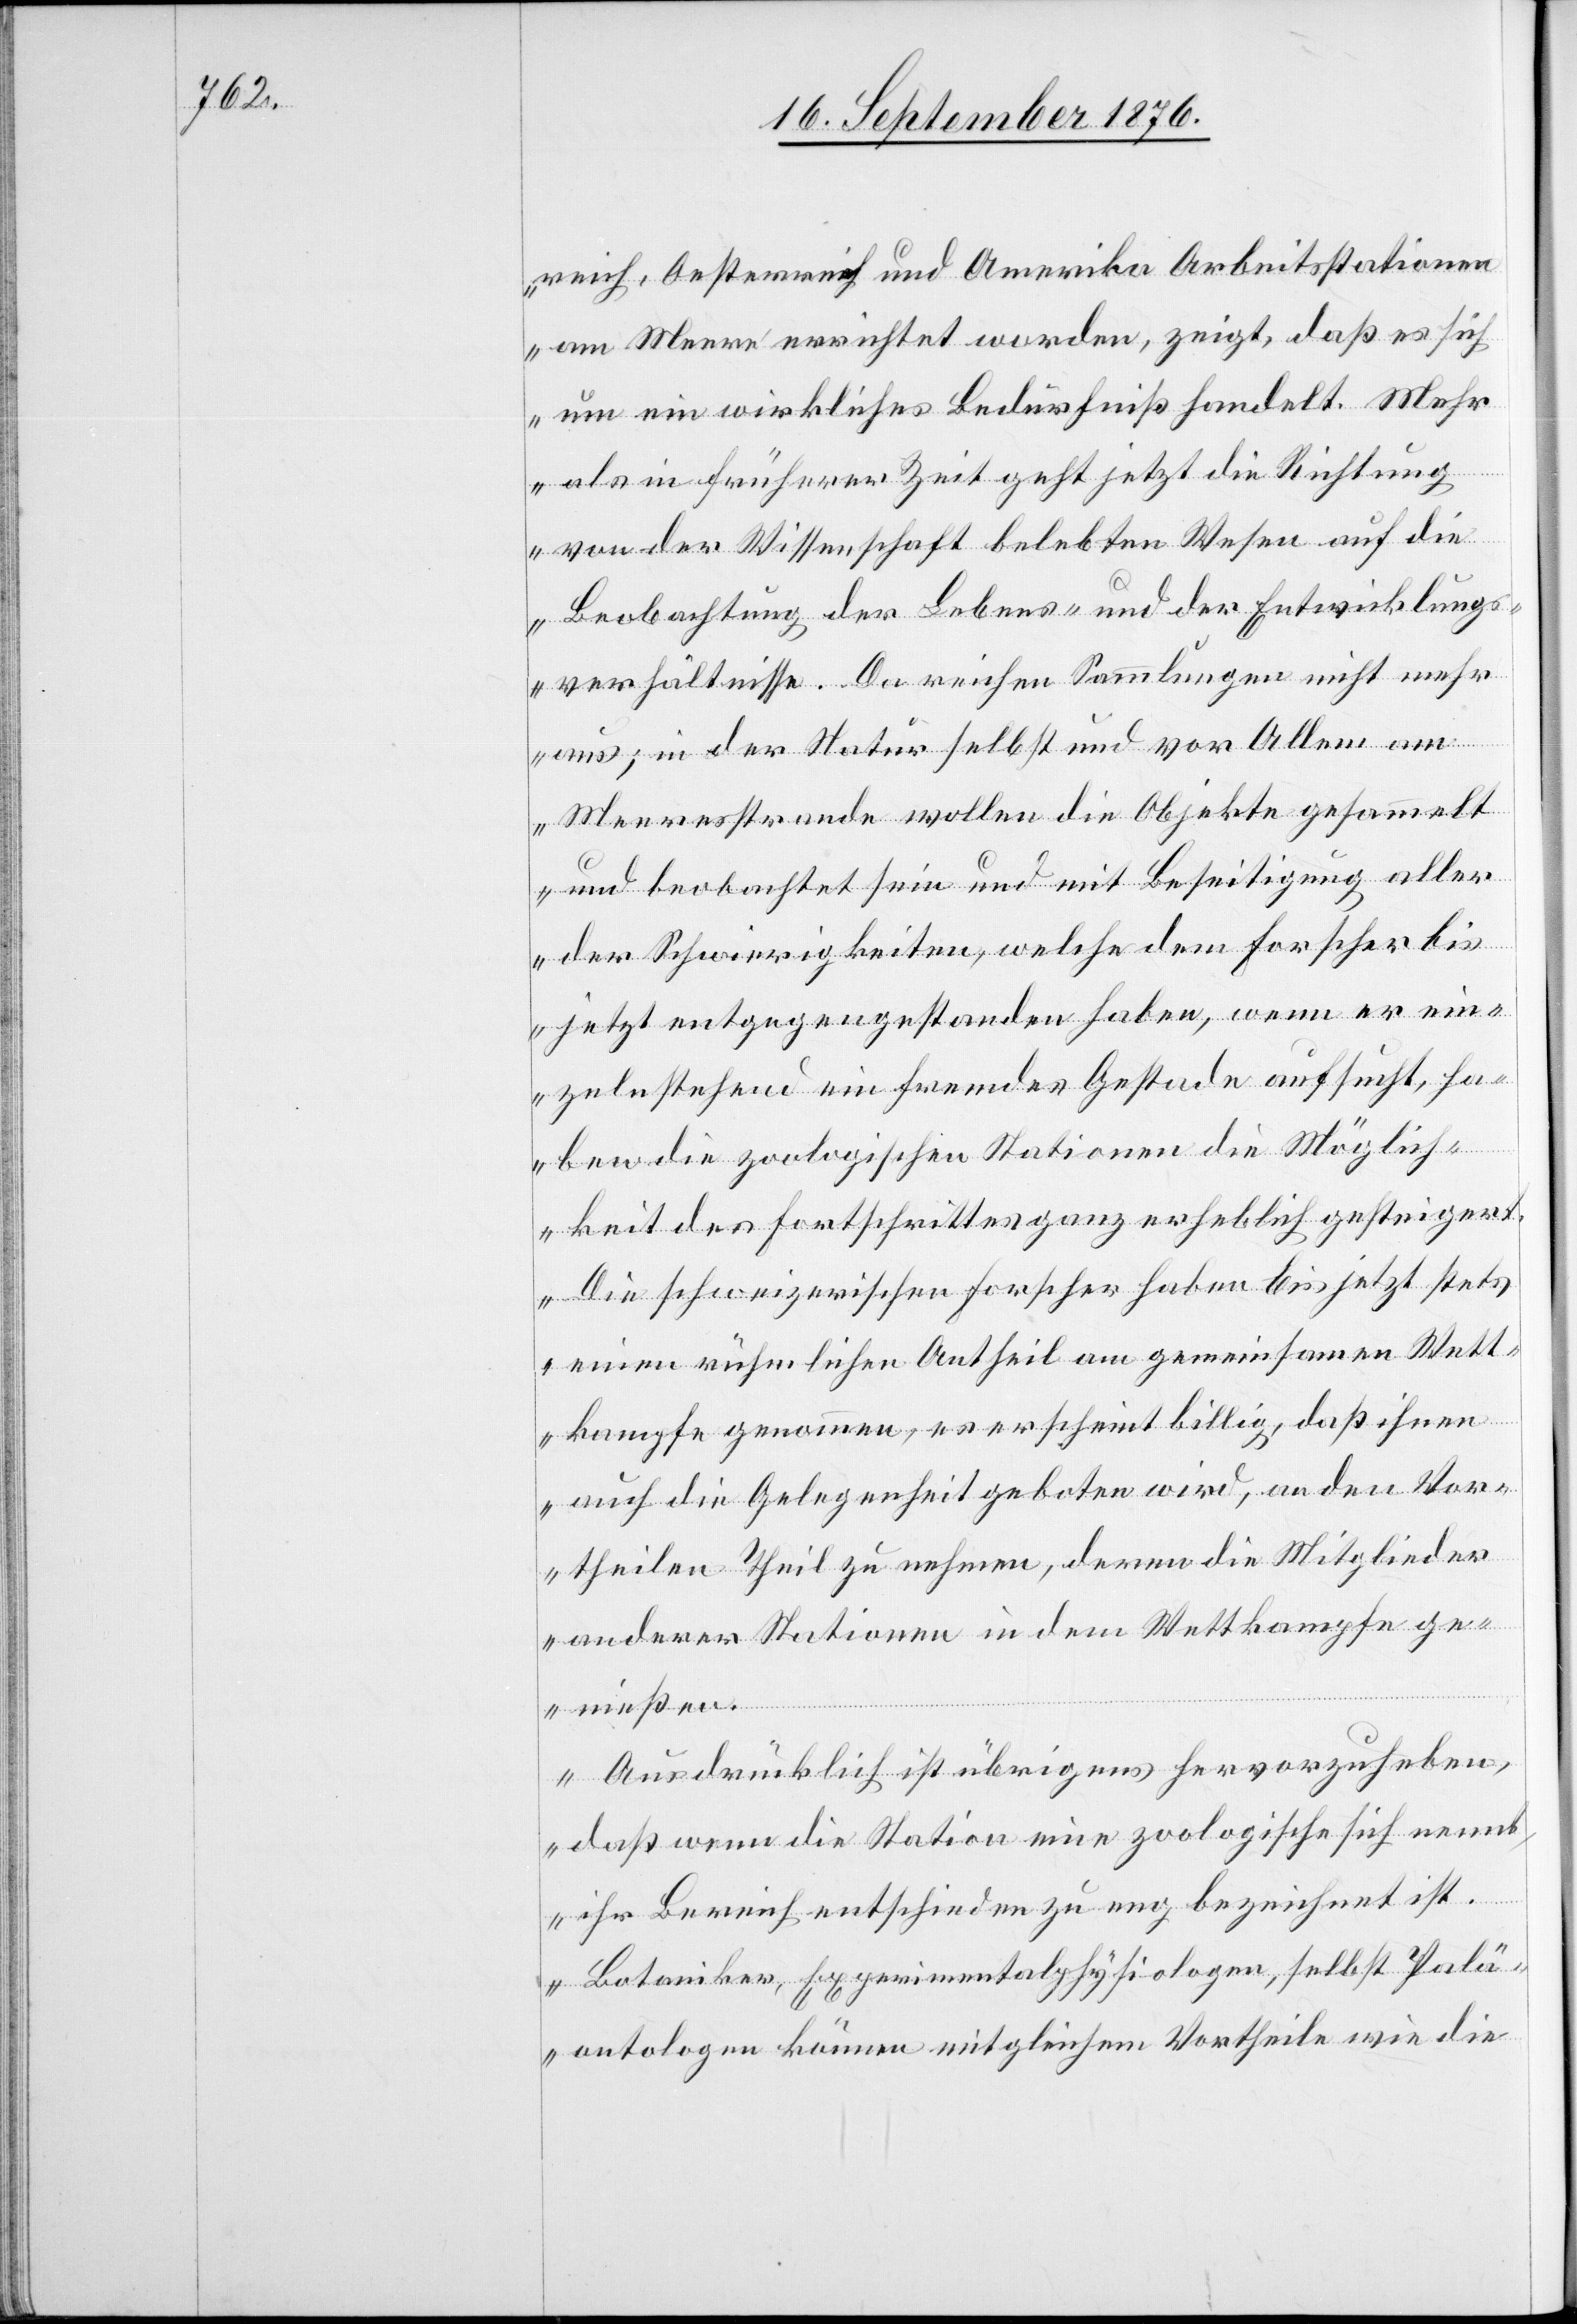
reich, Oesterreich und Amerika Arbeitsstationen
am Meere eingerichtet werden, zeigt, daß es sich
um ein wirkliches Bedürfniß handelt. Mehr
als in früherer Zeit geht jetzt die Richtung
von der Wissenschaft belebten Wesen auf die
Beobachtung der Lebens- und der Entwicklungs¬
verhältnisse. Da reichen Sammlungen nicht mehr
aus; in der Natur selbst und vor Allem am
Meeresstrande wollen die Objekte gesammelt
und beobachtet sein und mit Beseitigung aller
der Schwierigkeiten, welche dem Forscher bis
jetzt entgegengestanden haben, wenn er ein¬
zelnstehend ein fremdes Gestade aufsucht, ha¬
ben die zoologischen Stationen die Möglich¬
keit des Fortschrittes ganz erheblich gesteigert.
Die schweizerischen Forscher haben bis jetzt stets
einen rühmlichen Antheil am gemeinsamen Wett¬
kampfe genommen, es erscheint billig, daß ihnen
auch die Gelegenheit geboten wird, an den Vor¬
theilen Theil zu nehmen, deren die Mitglieder
anderer Stationen in dem Wettkampf ge¬
nießen
Ausdrücklich ist übrigens hervorzuheben,
daß wenn die Station eine zoologische sich nennt,
ihr Bericht entschieden zu eng bezeichnet ist.
Botaniker, Experimentalphysiologen, selbst Palä¬
ontologen können mit gleichem Vortheile wie die